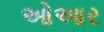
ઓઆર